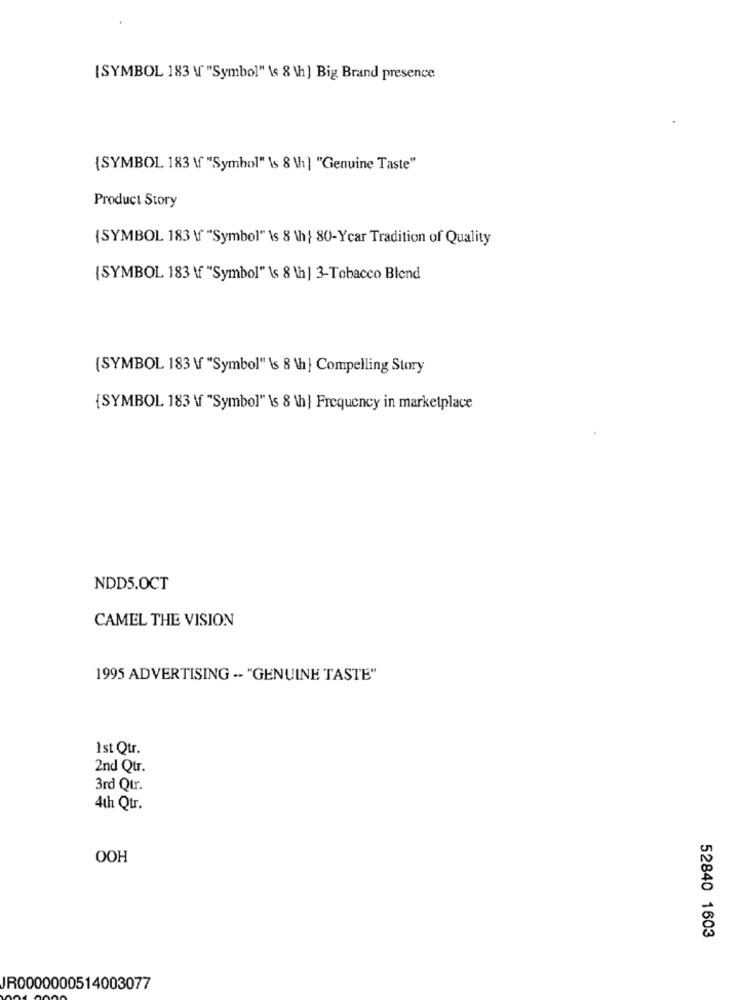
[SYMBOL 183 \ "Symbol" \s 8 \h] Big Brand presence
{SYMBOL 183 \f "Symbol" \s 8 \h] "Genuine Taste"
Product Story
{SYMBOL 183 \f "Symbol" \s 8 th } 80-Ycar Tradition of Quality
{SYMBOL 183 \f "Symbol" \s 8 \h | 3-Tobacco Blend
(SYMBOL 183 \ "Symbol" \s 8 \h } Compelling Story
{SYMBOL 183 \ "Symbol" \s 8 \h | Frequency in marketplace
NDD5.OCT
CAMEL THE VISION
1995 ADVERTISING -- "GENUINE TASTE"
Ist Qtr.
2nd Qtr.
3rd Qtr.
4th Qtr.
OOH
52840 1603
JR0000000514003077